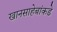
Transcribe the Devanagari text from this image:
खानसाहेबांकडे